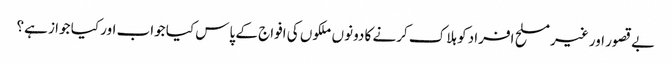
بے قصور اور غیر مسلح افراد کو ہلاک کرنے کا دونوں ملکوں کی افواج کے پاس کیا جواب اور کیا جوا ز ہے؟